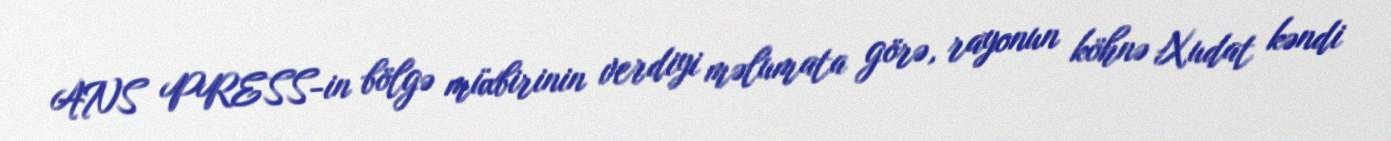
ANS PRESS-in bölgə müxbirinin verdiyi məlumata görə, rayonun köhnə Xudat kəndi